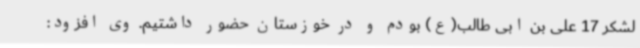
لشکر 17 علی بن ابی طالب(ع) بودم و در خوزستان حضور داشتیم. وی افزود: